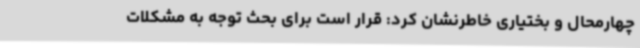
چهارمحال و بختیاری خاطرنشان کرد: قرار است برای بحث توجه به مشکلات